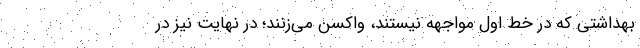
بهداشتی که در خط اول مواجهه نیستند، واکسن می‌زنند؛ در نهایت نیز در